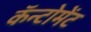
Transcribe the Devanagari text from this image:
कॅन्टोमेंट